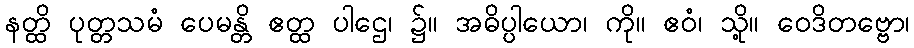
နတ္ထိ ပုတ္တသမံ ပေမန္တိ ဧတ္ထ ပါဌေ၊ ၌။ အဓိပ္ပါယော၊ ကို။ ဧဝံ၊ သို့။ ဝေဒိတဗ္ဗော၊